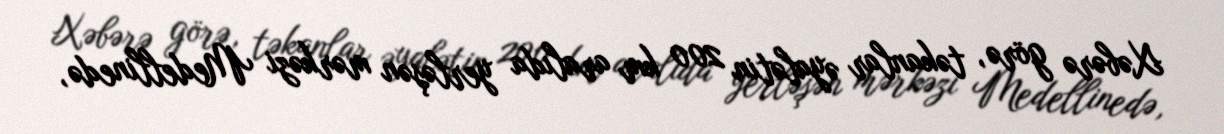
Xəbərə görə, təkanlar əyalətin 200 km aralıda yerləşən mərkəzi Medellinedə,